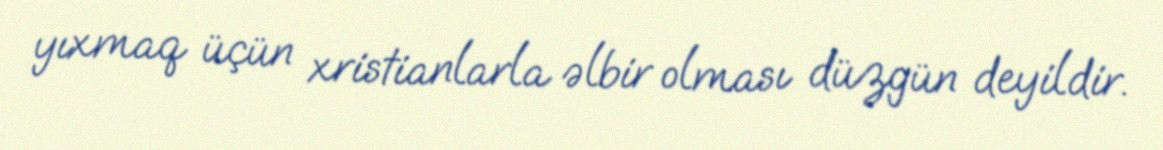
yıxmaq üçün xristianlarla əlbir olması düzgün deyildir.